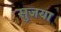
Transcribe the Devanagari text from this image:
सुजया